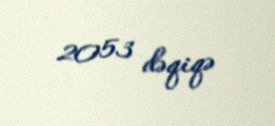
2053 dəqiqə